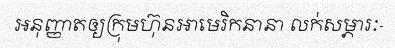
អនុញ្ញាតឲ្យក្រុមហ៊ុនអាមេរិកនានា លក់សម្ភារៈ-